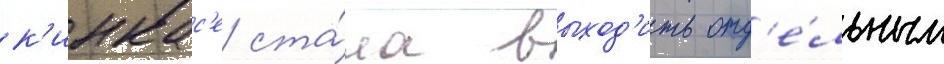
к'инкас'е ста́ла выход'ить отд'е́льным